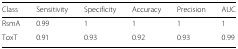
| Class | Sensitivity | Specificity | Accuracy | Precision | AUC |
 | --- | --- | --- | --- | --- | --- |
 | RsmA | 0.99 | 1 | 1 | 1 | 1 |
 | ToxT | 0.91 | 0.93 | 0.92 | 0.93 | 0.99 |